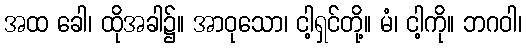
အထ ခေါ၊ ထိုအခါ၌။ အာဝုသော၊ ငါ့ရှင်တို့။ မံ၊ ငါ့ကို။ ဘဂဝါ၊